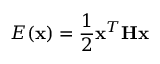
E ( \mathbf { x } ) = \frac { 1 } { 2 } \mathbf { x } ^ { T } \mathbf { H } \mathbf { x }